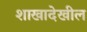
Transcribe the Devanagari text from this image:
शाखादेखील